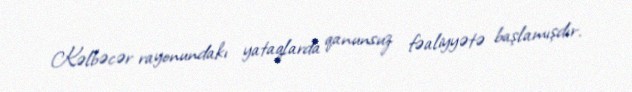
Kəlbəcər rayonundakı yataqlarda qanunsuz fəaliyyətə başlamışdır.